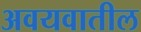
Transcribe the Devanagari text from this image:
अवयवातील